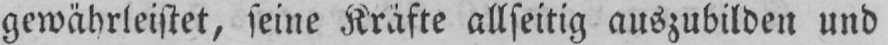
gewährleistet, seine Kräfte allseitig auszubilden und